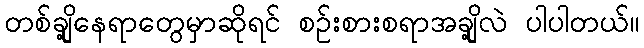
တစ်ချို့နေရာတွေမှာဆိုရင် စဉ်းစားစရာအချို့လဲ ပါပါတယ်။